Civil Veterinary Dept. Assam report 1927-50 - 1927-1950
Year: 1927
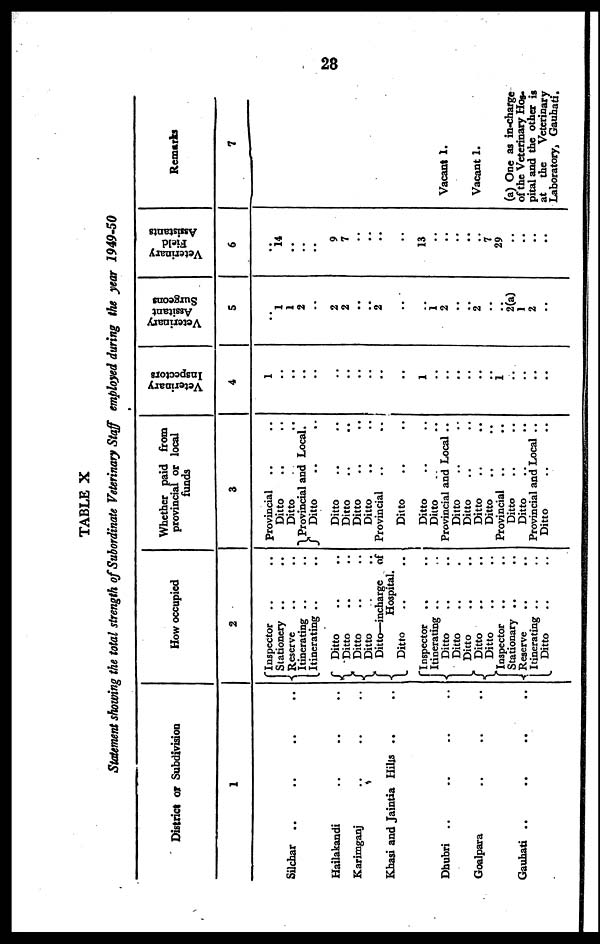
28
TABLE X
Statement showing the total strength of Subordinate Veterinary Staff employed during the year 1949-50
District or Subdivision
1
Silchar .. .. .. ..
Hailakandi .. .. ..
Karimganj .. .. ..
Khasi and Jaintia Hills .. ..
Dhubri .. .. .. ..
Goalpara .. .. ..
Gauhati .. .. .. ..
How occupied
2
Inspector .. ..
Stationery .. ..
Reserve .. ..
Itinerating .. ..
Itinerating .. ..
Ditto .. ..
Ditto .. ..
Ditto .. ..
Ditto .. ..
Ditto—incharge of
Hospital.
Ditto .. ..
Inspector .. ..
Itinerating .. ..
Ditto .. ..
Ditto .. ..
Ditto .. ..
Ditto .. ..
Ditto .. ..
Inspector .. ..
Stationary .. ..
Reserve .. ..
Itinerating .. ..
Ditto .. ..
Whether paid from
provincial or local
funds
3
Provincial .. ..
Ditto .. ..
Ditto .. ..
Provincial and Local.
Ditto .. ..
Ditto .. ..
Ditto .. ..
Ditto .. ..
Ditto .. ..
Provincial .. ..
Ditto .. ..
Ditto .. ..
Ditto .. ..
Provincial and Local ..
Ditto .. ..
Ditto .. ..
Ditto .. ..
Ditto .. ..
Provincial .. ..
Ditto .. ..
Ditto .. ..
Provincial and Local ..
Ditto .. ..
Veterinary
Inspectors
4
1
..
..
..
..
..
..
..
..
..
..
1
..
..
..
..
..
..
1
..
..
..
..
Veterinary
Assitant
Surgeons
5
..
1
1
2
..
2
2
..
..
2
..
..
1
2
..
..
2
..
..
2(a)
1
2
..
Veterinary
Field
Assistants
6
..
14
..
..
..
9
7
..
..
..
..
13
..
..
..
..
..
7
29
..
..
..
..
Remarks
7
Vacant 1.
Vacant 1.
(a) One as in-charge
of the Veterinary Hos-
pital and the other is
at the Veterinary
Laboratory, Gauhati.